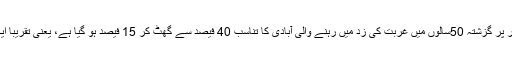
مثال کے طور پر گزشتہ 50سالوں میں غربت کی زد میں رہنے والی آبادی کا تناسب 40 فیصد سے گھٹ کر 15 فیصد ہو گیا ہے، یعنی تقریباً ایک ارب افراد۔